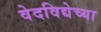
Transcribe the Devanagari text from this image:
वेदविद्येच्या